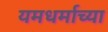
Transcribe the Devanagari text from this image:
यमधर्माच्या